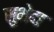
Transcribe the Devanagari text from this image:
सुभेदा